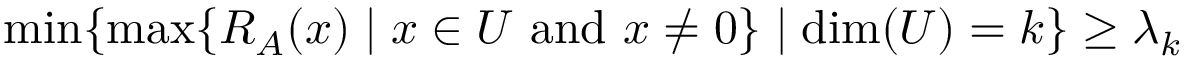
\operatorname* { m i n } \{ \operatorname* { m a x } \{ R _ { A } ( x ) \mid x \in U { \mathrm { ~ a n d ~ } } x \neq 0 \} \mid \dim ( U ) = k \} \geq \lambda _ { k }